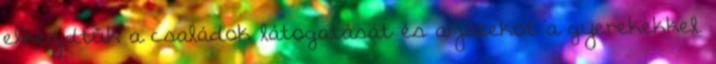
elkezdtük a családok látogatását és a játekot a gyerekekkel.